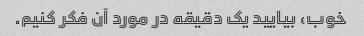
خوب، بیایید یک دقیقه در مورد آن فکر کنیم.